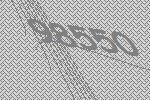
98550